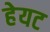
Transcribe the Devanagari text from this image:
हेयट